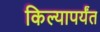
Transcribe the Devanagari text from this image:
किल्यापर्यंत